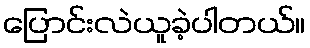
ပြောင်းလဲယူခဲ့ပါတယ်။